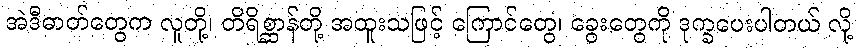
အဲဒီဓာတ်တွေက လူတို့၊ တိရိစ္ဆာန်တို့ အထူးသဖြင့် ကြောင်တွေ၊ ခွေးတွေကို ဒုက္ခပေးပါတယ် လို့